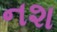
નશ